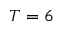
T = 6